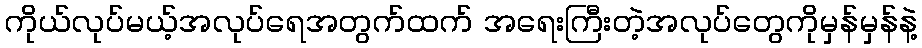
ကိုယ်လုပ်မယ့်အလုပ်ရေအတွက်ထက် အရေးကြီးတဲ့အလုပ်တွေကိုမှန်မှန်နဲ့